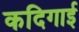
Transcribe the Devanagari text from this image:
कदिगाई